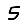
Digit: 5